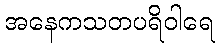
အနေကသတပရိဝါရေ